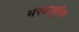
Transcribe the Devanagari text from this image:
मरकयूरिक